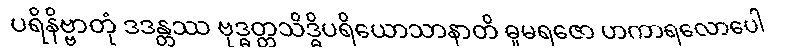
ပရိနိဗ္ဗာတုံ ဒဒန္တဿ ဗုဒ္ဓတ္တသိဒ္ဓိပရိယောသာနာတိ ဓူမရဇော ဟကာရလောပေါ